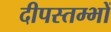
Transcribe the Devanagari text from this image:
दीपस्तम्भों